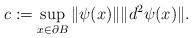
LaTeX: \begin{align*}c := \sup_{x\in \partial B} \|\psi(x)\| \|d^2 \psi(x)\|.\end{align*}